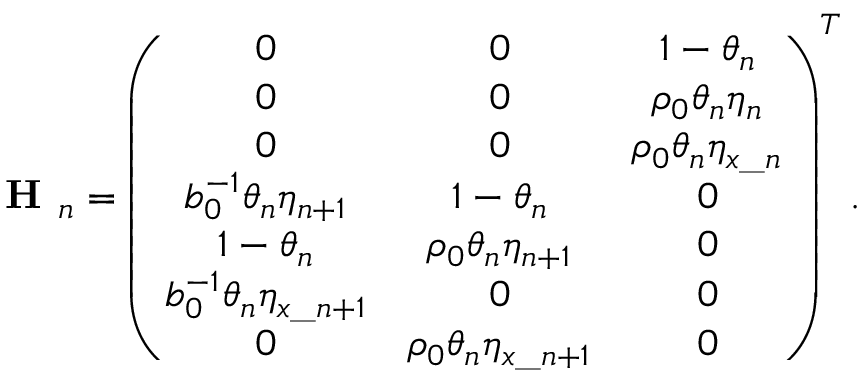
\textbf { H } _ { n } = \left( \begin{array} { c c c } { 0 } & { 0 } & { 1 - \theta _ { n } } \\ { 0 } & { 0 } & { \rho _ { 0 } \theta _ { n } \eta _ { n } } \\ { 0 } & { 0 } & { \rho _ { 0 } \theta _ { n } \eta _ { x \_ n } } \\ { b _ { 0 } ^ { - 1 } \theta _ { n } \eta _ { n + 1 } } & { 1 - \theta _ { n } } & { 0 } \\ { 1 - \theta _ { n } } & { \rho _ { 0 } \theta _ { n } \eta _ { n + 1 } } & { 0 } \\ { b _ { 0 } ^ { - 1 } \theta _ { n } \eta _ { x \_ { n + 1 } } } & { 0 } & { 0 } \\ { 0 } & { \rho _ { 0 } \theta _ { n } \eta _ { x \_ { n + 1 } } } & { 0 } \end{array} \right) ^ { T } .